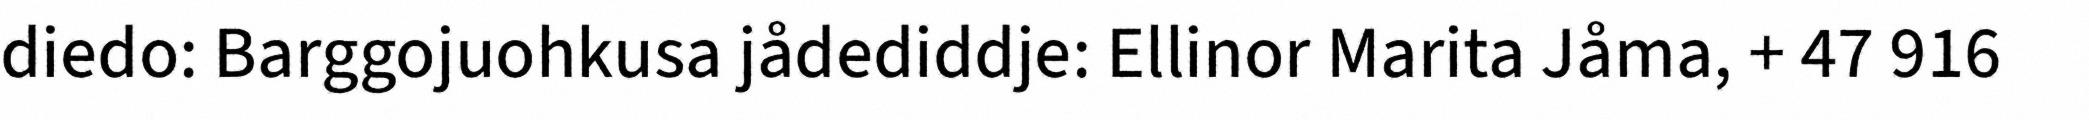
diedo: Barggojuohkusa jådediddje: Ellinor Marita Jåma, + 47 916